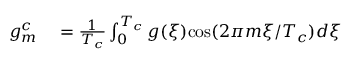
\begin{array} { r l } { g _ { m } ^ { c } } & { { } = \frac { 1 } { T _ { c } } \int _ { 0 } ^ { T _ { c } } g ( \xi ) \mathrm { c o s } ( 2 \pi m \xi / T _ { c } ) d \xi } \end{array}